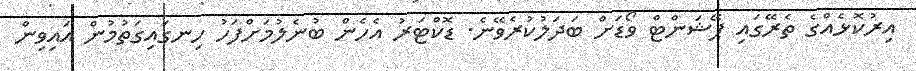
އިރުކޮޅެއްގެ ތެރޭގައި ޕޭޝަންޓް ވޯޑަށް ބަދަލުކުރެވޭނެ. ޑޮކްޓަރު އެހެން ބުނެލުމަށްފަހު ހިނގައިގަތުމުން އައިވިން